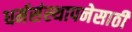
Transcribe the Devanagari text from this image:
धर्मसंस्थापनेसाठी